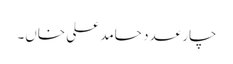
چار عدد حامد علی خاں۔